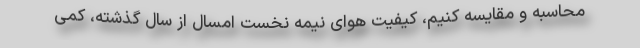
محاسبه و مقایسه کنیم، کیفیت هوای نیمه نخست امسال از سال گذشته، کمی